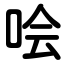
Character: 哙